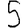
Digit: 5